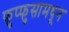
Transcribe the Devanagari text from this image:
फुप्फुसामधून